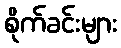
စိုက်ခင်းများ